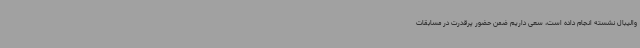
والیبال نشسته انجام داده است، سعی داریم ضمن حضور پرقدرت در مسابقات